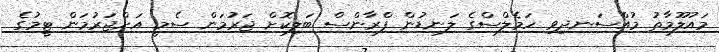
މައުލޫމާތު މުއްސަނދިވި ހަމެލްސްގެ ލަނޑުން ފްރާންސް ބަލިކޮށް ޖަރުމަން ސެމީ އަށްޖަރުމަން ޓީމުގެ